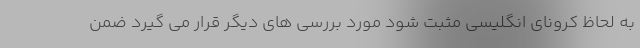
به لحاظ کرونای انگلیسی مثبت شود مورد بررسی های دیگر قرار می گیرد ضمن